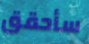
سأحقق